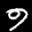
Label: 9